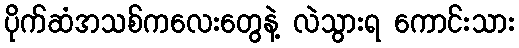
ပိုက်ဆံအသစ်ကလေးတွေနဲ့ လဲသွားရ ကောင်းသား